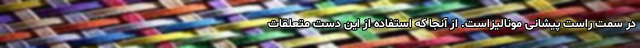
در سمت راست پیشانی مونالیزاست. از آنجا که استفاده از این دست متعلقات